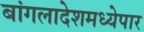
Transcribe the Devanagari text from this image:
बांगलादेशमध्येपार